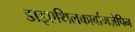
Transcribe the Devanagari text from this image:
डाइएथिलकार्बामज़ेपिन